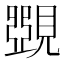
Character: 𧡸